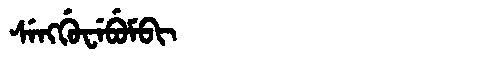
Manchu: ᠰᡝᠩᡤᡠᠸᡝᠪᡠᠮᠪᡳ
Romanization: SENGGUWEBUMBI